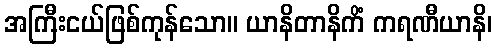
အကြီးငယ်ဖြစ်ကုန်သော။ ယာနိတာနိကိံ ကရဏီယာနိ၊